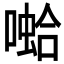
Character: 𱔝